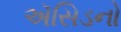
ઍસિડનો